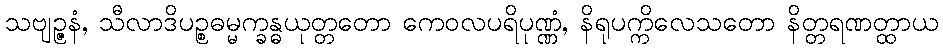
သဗျဉ္ဇနံ, သီလာဒိပဉ္စဓမ္မက္ခန္ဓယုတ္တတော ကေဝလပရိပုဏ္ဏံ, နိရုပက္ကိလေသတော နိတ္တရဏတ္ထာယ